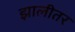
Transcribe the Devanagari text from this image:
झालीतर